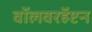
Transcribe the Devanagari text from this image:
वॉलवरहॅप्टन